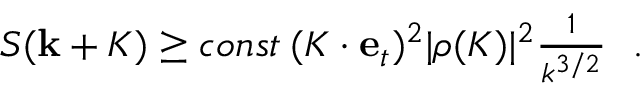
\begin{array} { r } { S ( { \bf k } + { \cal K } ) \ge c o n s t \: ( { \cal K } \cdot { \bf e } _ { t } ) ^ { 2 } | \rho ( { \cal K } ) | ^ { 2 } \frac { 1 } { k ^ { 3 / 2 } } ~ ~ . } \end{array}